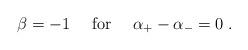
LaTeX: \begin{align*}\beta=-1\quad\mbox{ for }\quad \alpha_{+}-\alpha_{-}=0\;.\end{align*}